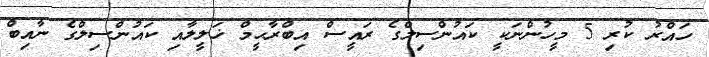
ހައްރު ކުރި 5 މީހުންނަކީ ކައުންސިލްގެ ރައީސް އިބްރާޙީމް ޚަލީލާއި ކައުންސިލްގެ ނާއިބް